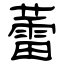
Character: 蕾